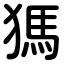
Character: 獁